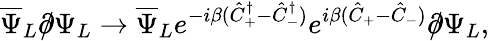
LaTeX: \overline{{{\Psi}}}_{L}\partial\! \! \! /\Psi_{L}\to\overline{{{\Psi}}}_{L}e^{-i\beta(\hat{C}_{+}^{\dagger}-\hat{C}_{-}^{\dagger})}e^{i\beta(\hat{C}_{+}-\hat{C}_{-})}\partial\! \! \! /\Psi_{L},